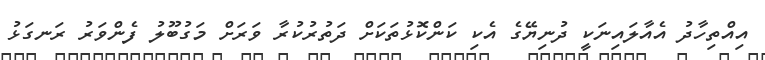
އިއްތިހާދު އެއާލައިނަކީ ދުނިޔޭގެ އެކި ކަންކޮޅުތަކަށް ދަތުރުކުރާ ވަރަށް މަގުބޫލު ފެންވަރު ރަނގަޅު